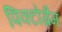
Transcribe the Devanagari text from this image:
पिक्टोग्रैम